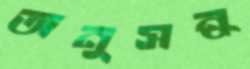
অনুসন্ধ